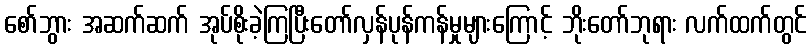
စော်ဘွား အဆက်ဆက် အုပ်စိုးခဲ့ကြပြီးတော်လှန်ပုန်ကန်မှုများကြောင့် ဘိုးတော်ဘုရား လက်ထက်တွင်